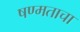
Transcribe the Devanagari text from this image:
षण्मताचा